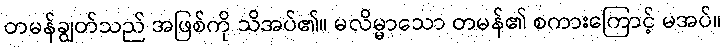
တမန်ချွတ်သည် အဖြစ်ကို သိအပ်၏။ မလိမ္မာသော တမန်၏ စကားကြောင့် မအပ်။